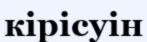
кірісуін